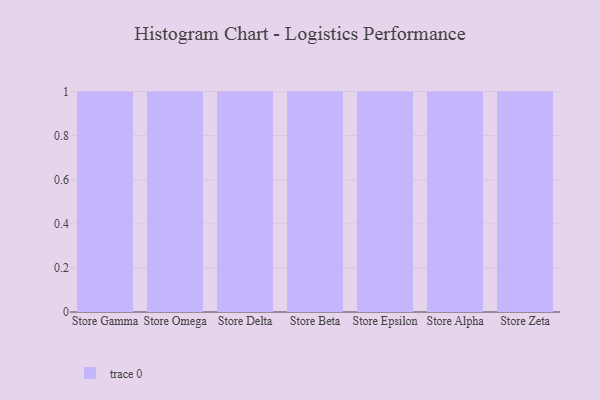
{"axis": {"x": "Store", "y": "Tickets Resolved"}, "legend": [""], "data": [{"x": "Store Gamma", "y": 11, "type": ""}, {"x": "Store Omega", "y": 100, "type": ""}, {"x": "Store Delta", "y": 41, "type": ""}, {"x": "Store Beta", "y": 70, "type": ""}, {"x": "Store Epsilon", "y": 61, "type": ""}, {"x": "Store Alpha", "y": 70, "type": ""}, {"x": "Store Zeta", "y": 62, "type": ""}]}